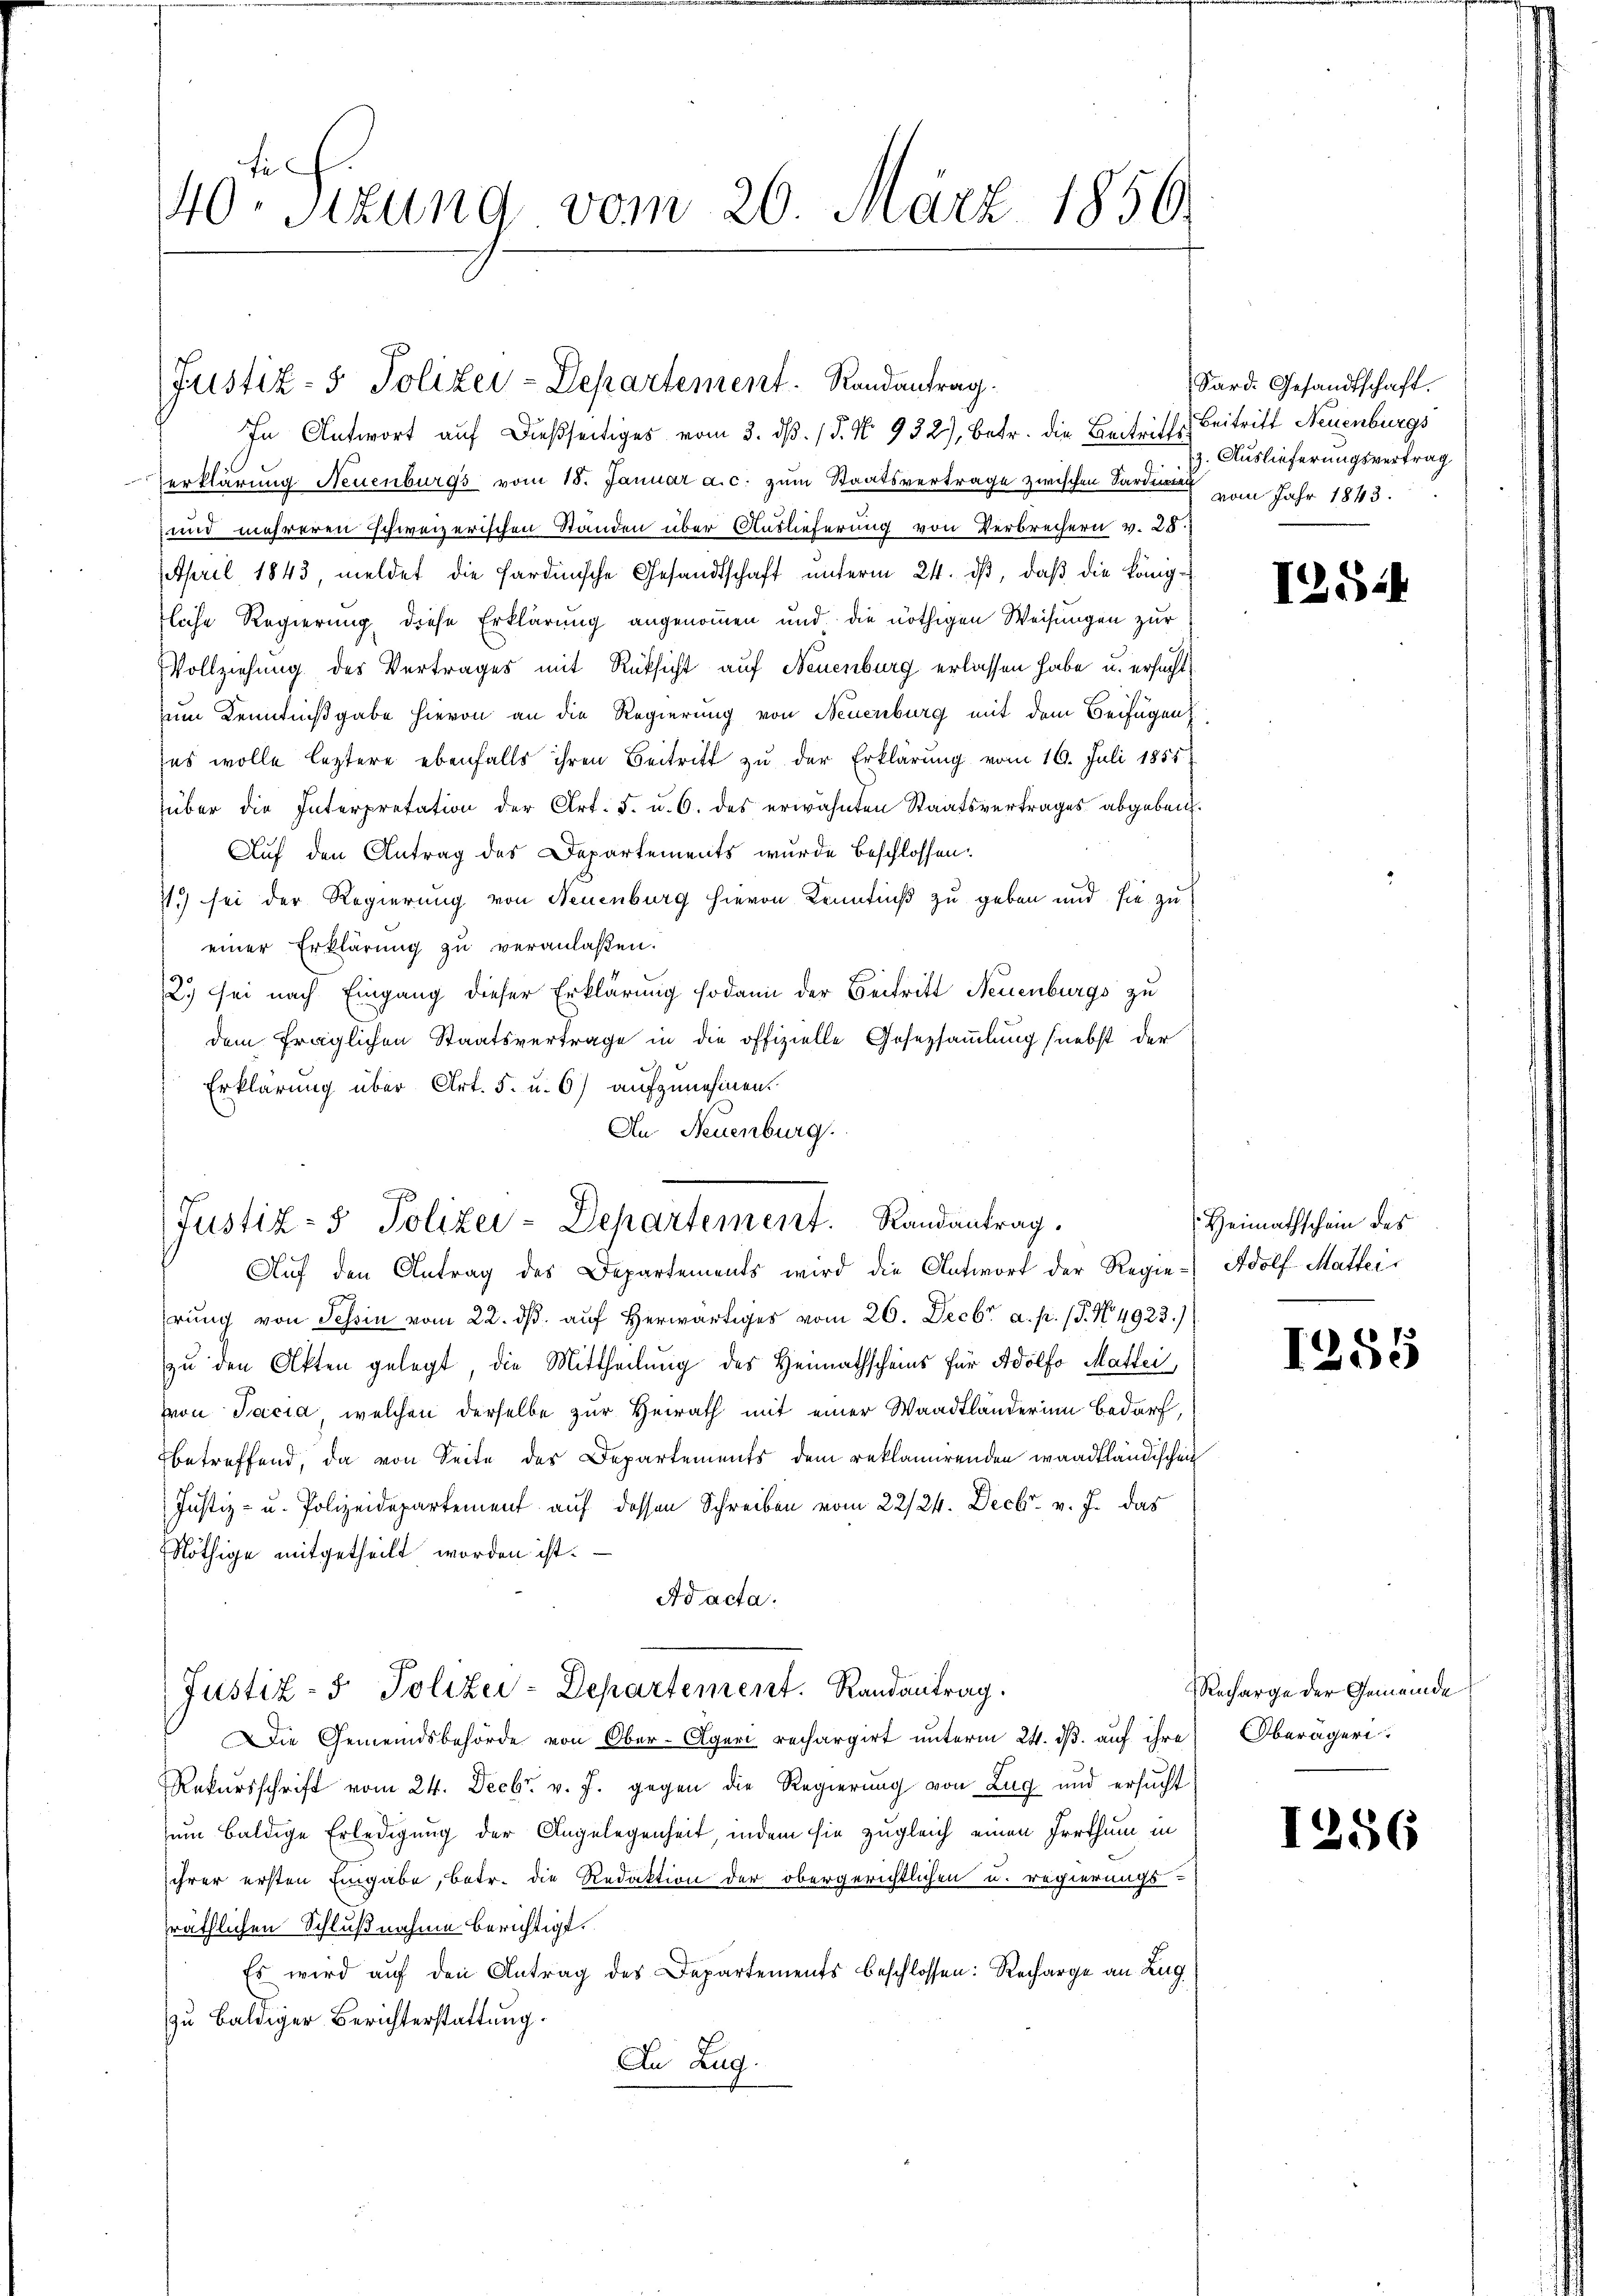
40 Sizung vom 26. März 1856.

erklärung Neuenburgs vom 18. Januar a. c. zum Staatsvertrage zwischen Sardinen vom Jahr 1843.
und mehreren schweizerischen Ständen über Auslieferung von Verbrechern v. 25.
April 1843, meldet die Sardinische Gesandtschaft unterm 24. ds, daß die königfliche Regierung diese Erklärung angenommen und die nöthigen Weisungen zur
Vollziehung des Vertrages mit Rüksicht auf Neuenburg erlassen habe u. ersucht,
zum Kenntnißgabe hievon an die Regierung von Neuenburg mit dem Beifügen
sas wolle leztere ebenfalls ihren Beitritt zu der Erklärung vom 16. Juli 1855
über die Interpretation der Art. 5. u. 6. des erwähnten Staatsvertrages abgeben.
Auf den Antrag des Departements wurde beschlossen:
11) sei der Regierung von Neuenburg hievon Kenntniß zu geben und sie zu
einer Erklärung zu veranlaßen.
2.) sei nach Eingang dieser Erklärung sodann der Beitritt Neuenburgs zu
dem fraglichen Staatsvertrage in die offizielle Gesetzsammlung (nebst der
Erklärung über Art. 5. u. 6) aufzunehmen.
An Neuenburg.

(Justiz- & Polizei-Departement. Randantrag.
In Antwort auf dießseitiges vom 3. dß. / 5. No. 932), betr. die Beitritts

Justiz- & Polizei-Departement.   Randantrag.
Aŭf den Antrag des Departements wird die Antwort der Regie-Adolf Mattei

rung von Tessin vom 22. ds. auf herwärtiges vom 26. Decbr a. p. 1. No. 4923.)
zu den Akten gelegt, die Mittheilung des Heimathscheins für Adolfo Mattei
von Jacia, welchen derselbe zur Heirath mit einer Waadtländerinn bedarf,
betreffend, da von Seite des Departements dem reklamirenden waadtländischen
Justiz- u. Polizeidepartement auf dessen Schreiben vom 22/24. Decbr. v. J. das
Nöthige mitgetheilt worden ist.
Ad acta.
Die Gemeindsbehörde von Ober-Algeri rechargirt unterm 24. ds. auf ihre Oberägeri
Rekursschrift vom 24. Decbr. v. J. gegen die Regierung von Zug und ersucht
zum baldige Erledigung der Angelegenheit, indem sie zugleich einen Irrthum in
ihrer ersten Eingabe, betr. die Redaktion der obergerichtlichen u. regierungs-
räthlichen Schlußnahme berichtigt.
Es wird auf den Antrag des Departements beschlossen: Recharge an Lug
zu baldiger Berichterstattung.
In Zug.

Justiz- & Polizei-Departement. Randantrag.

Sard. Gesandtschaft.
Beitritt Neuenburgs
z. Auslieferungsvertrag

I544

Heimathschein des

1255

Recharge der Gemeinde

156